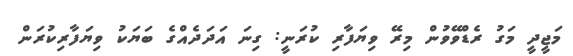
މަޖީދީ މަގު ރެޑްވޭވުން މިރޭ ވިޔަފާރި ކުރަނީ: ގިނަ އަދަދެއްގެ ބަޔަކު ވިޔަފާރިކުރަން